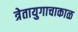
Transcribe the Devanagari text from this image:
त्रेतायुगाचाकाळ